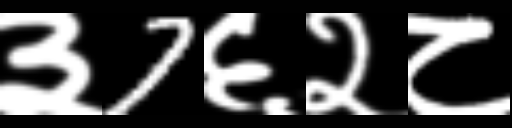
Text: ३7६२८